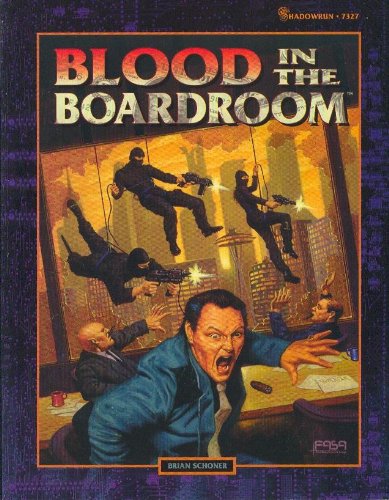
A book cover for Shadowrun: Blood in the Boardroom (FAS7327); Fasa; Science Fiction & Fantasy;